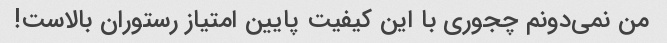
من نمی‌دونم چجوری با این کیفیت پایین امتیاز رستوران بالاست!